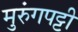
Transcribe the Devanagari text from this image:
मुरुंगपट्टी